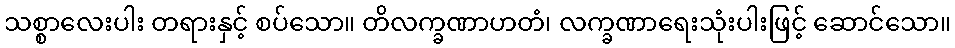
သစ္စာလေးပါး တရားနှင့် စပ်သော။ တိလက္ခဏာဟတံ၊ လက္ခဏာရေးသုံးပါးဖြင့် ဆောင်သော။